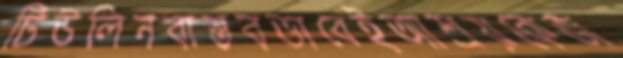
টিউলিনবাস্তবভাবেইআশ্রয়কেজ